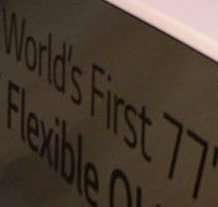
World's First 77